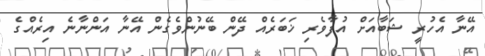
އޭނާ އެހުރީ ޝަބާއަށް އުފާވެރި ޚަބަރެއް ދޭން ބޭނުންވެގެން އޭނާ އަންނާނެ އިރެއްގެ